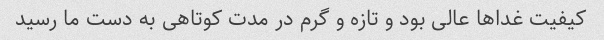
کیفیت غدا‌ها عالی بود و تازه و گرم در مدت کوتاهی به دست ما رسید